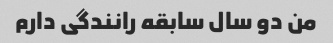
من دو سال سابقه رانندگی دارم